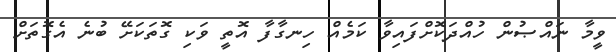
ވީމާ ނައްޞުން ހުއްދަކޮށްފައިވާ ކަމެއް ހިނގާފާ އޮތީ ވަކި ގޮތަކަށޭ ބުނެ އެގޮތަށް